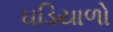
ઘડિયાળો